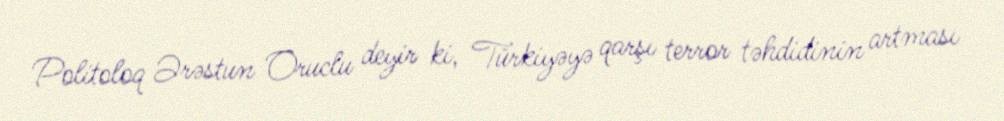
Politoloq Ərəstun Oruclu deyir ki, Türkiyəyə qarşı terror təhdidinin artması